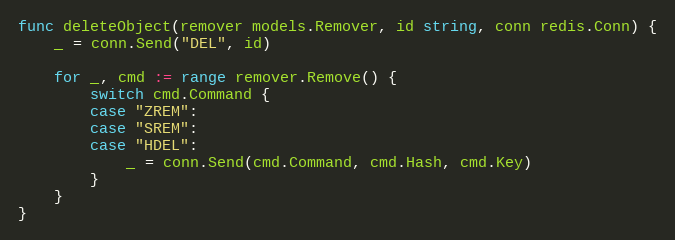
Language: Go
func deleteObject(remover models.Remover, id string, conn redis.Conn) {
	_ = conn.Send("DEL", id)

	for _, cmd := range remover.Remove() {
		switch cmd.Command {
		case "ZREM":
		case "SREM":
		case "HDEL":
			_ = conn.Send(cmd.Command, cmd.Hash, cmd.Key)
		}
	}
}